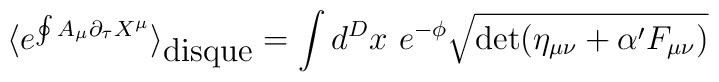
\langle e^{\oint A_\mu \partial_\tau X^\mu} \rangle_{\mbox{disque}} = \int d^Dx~e^{-\phi} \sqrt{ \det(\eta_{\mu\nu} + \alpha' F_{\mu\nu} ) }